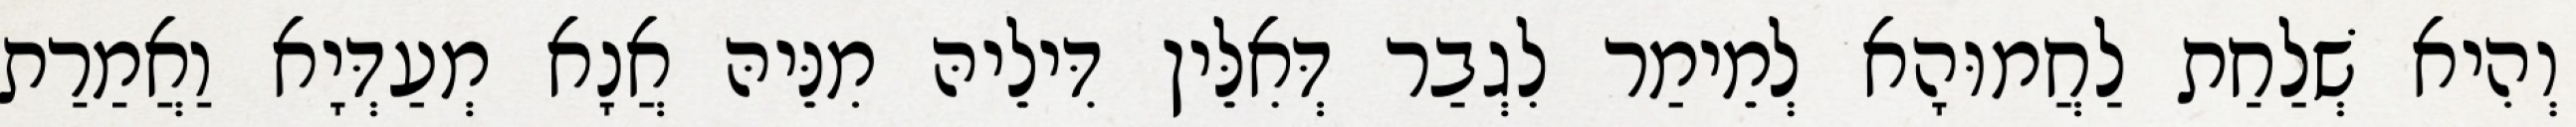
וְהִיא שְׁלַחַת לַחֲמוּהָא לְמֵימַר לִגְבַר דְּאִלֵּין דִּילֵיהּ מִנֵּיהּ אֲנָא מְעַדְּיָא וַאֲמַרַת